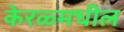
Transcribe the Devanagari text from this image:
केरळ्मधील